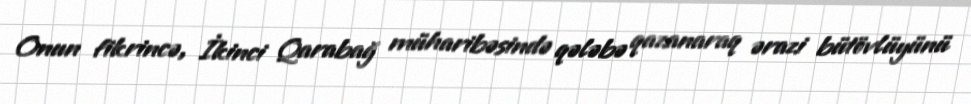
Onun fikrincə, İkinci Qarabağ müharibəsində qələbə qazanaraq ərazi bütövlüyünü